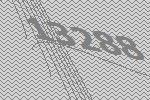
13288